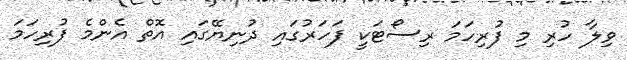
ވިލާ ހުރި މި ފުރިހަމަ ރިސޯޓަކީ ފަހަރުގައި ދުނިޔޭގައި އޮތް އެންމެ ފުރިހަމަ